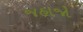
જહાજો